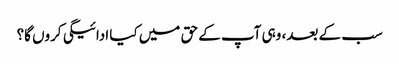
سب کے بعد، وہی آپ کے حق میں کیا ادائیگی کروں گا؟